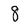
Character: 8